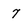
Character: 7